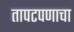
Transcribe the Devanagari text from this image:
तापटपणाचा